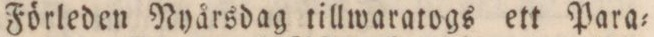
Förleden Nyårsdag tillwaratogs ett Para=